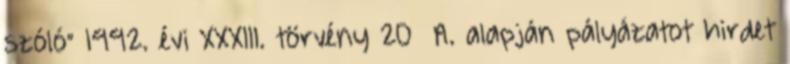
szóló” 1992. évi XXXIII. törvény 20 A. alapján pályázatot hirdet